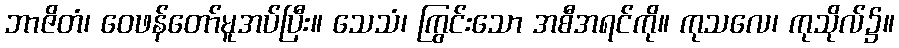
ဘာဇိတံ၊ ဝေဖန်တော်မူအပ်ပြီး။ သေသံ၊ ကြွင်းသော အစီအရင်ကို။ ကုသလေ၊ ကုသိုလ်၌။